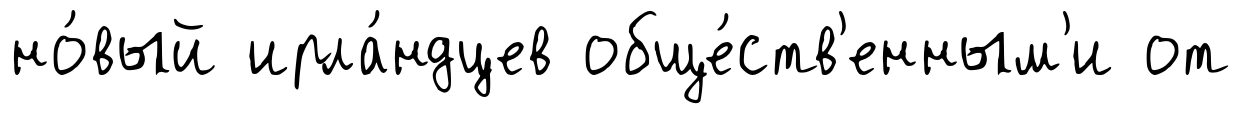
но́вый ирла́ндцев обще́ств'енным'и от